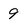
Character: 9